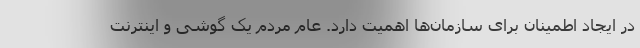
در ایجاد اطمینان برای سازمان‌ها اهمیت دارد. عام مردم یک گوشی و اینترنت